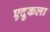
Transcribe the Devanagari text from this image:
एदुकला